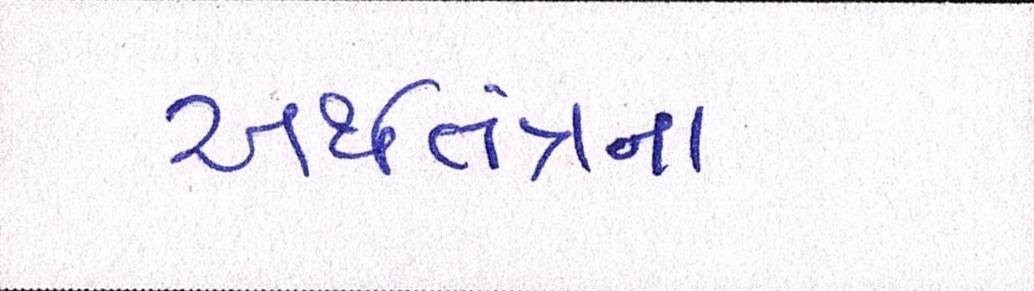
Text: અર્થતંત્રના